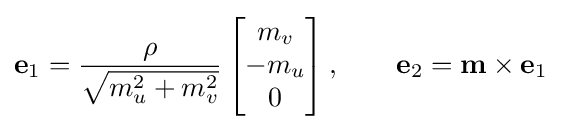
\mathbf {e} _{1}={\frac {\rho }{\sqrt {m_{u}^{2}+m_{v}^{2}}}}\,{\begin{bmatrix}m_{v}\\-m_{u}\\0\end{bmatrix}}\,,\qquad \mathbf {e} _{2}=\mathbf {m} \times \mathbf {e} _{1}\